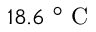
1 8 . 6 \mathrm { ~ } ^ { \circ } \mathrm { ~ C ~ }